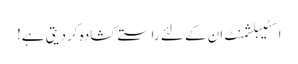
اسٹیبلشمنٹ ان کے لئے راستے کشادہ کر دیتی ہے!